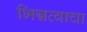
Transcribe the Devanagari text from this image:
भिन्नत्वाचा